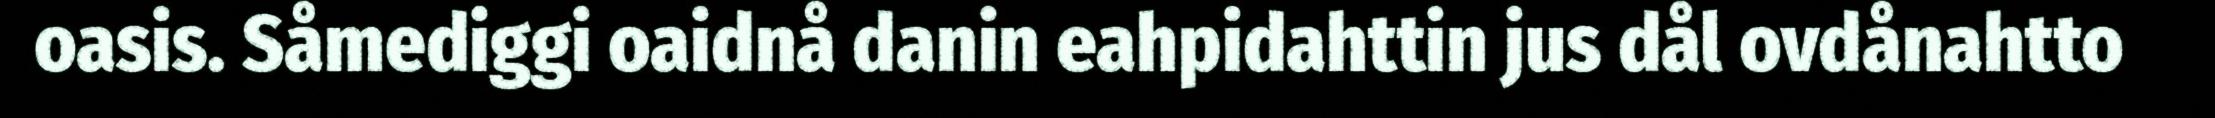
oasis. Såmediggi oaidnå danin eahpidahttin jus dål ovdånahtto